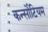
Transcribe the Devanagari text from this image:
कर्न्सोटियम